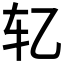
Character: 𰹯